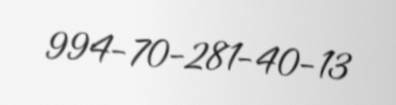
994-70-281-40-13